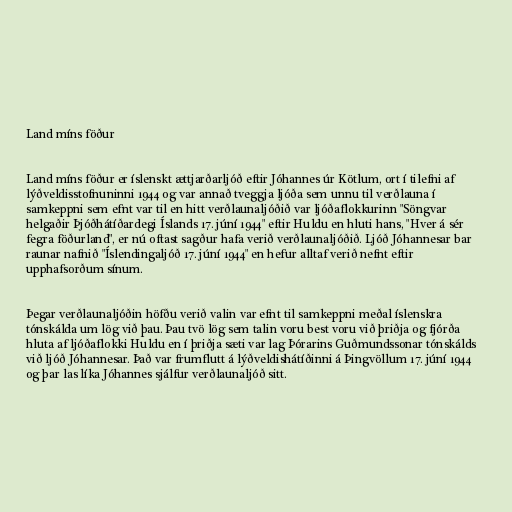
Land míns föður

Land míns föður er íslenskt ættjarðarljóð eftir Jóhannes úr Kötlum, ort í tilefni af
lýðveldisstofnuninni 1944 og var annað tveggja ljóða sem unnu til verðlauna í
samkeppni sem efnt var til en hitt verðlaunaljóðið var ljóðaflokkurinn "Söngvar
helgaðir Þjóðhátíðardegi Íslands 17. júní 1944" eftir Huldu en hluti hans, "Hver á sér
fegra föðurland", er nú oftast sagður hafa verið verðlaunaljóðið. Ljóð Jóhannesar bar
raunar nafnið "Íslendingaljóð 17. júní 1944" en hefur alltaf verið nefnt eftir
upphafsorðum sínum.

Þegar verðlaunaljóðin höfðu verið valin var efnt til samkeppni meðal íslenskra
tónskálda um lög við þau. Þau tvö lög sem talin voru best voru við þriðja og fjórða
hluta af ljóðaflokki Huldu en í þriðja sæti var lag Þórarins Guðmundssonar tónskálds
við ljóð Jóhannesar. Það var frumflutt á lýðveldishátíðinni á Þingvöllum 17. júní 1944
og þar las líka Jóhannes sjálfur verðlaunaljóð sitt.